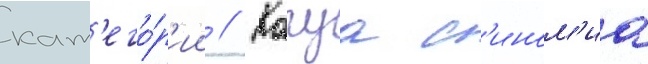
кат'его́р'ии // Кагуа с'ином'иа